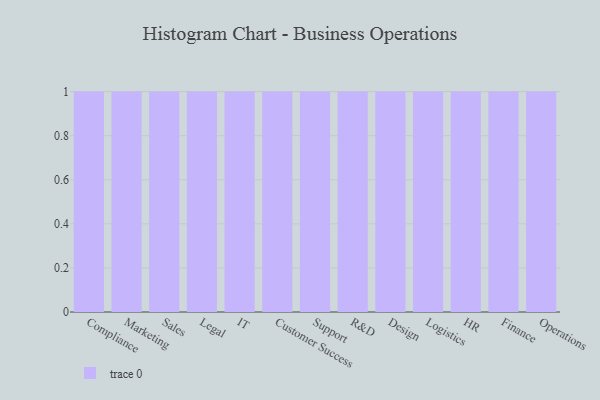
{"axis": {"x": "Department", "y": "Churn Rate (%)"}, "legend": [""], "data": [{"x": "Compliance", "y": 26, "type": ""}, {"x": "Marketing", "y": 9, "type": ""}, {"x": "Sales", "y": 36, "type": ""}, {"x": "Legal", "y": 54, "type": ""}, {"x": "IT", "y": 9, "type": ""}, {"x": "Customer Success", "y": 77, "type": ""}, {"x": "Support", "y": 26, "type": ""}, {"x": "R&D", "y": 4, "type": ""}, {"x": "Design", "y": 6, "type": ""}, {"x": "Logistics", "y": 69, "type": ""}, {"x": "HR", "y": 12, "type": ""}, {"x": "Finance", "y": 40, "type": ""}, {"x": "Operations", "y": 19, "type": ""}]}